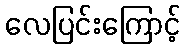
လေပြင်းကြောင့်